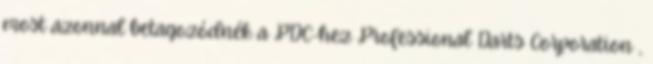
most azonnal betagozódnék a PDC-hez Professional Darts Corporation ,